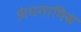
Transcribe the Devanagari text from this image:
अंधतामिस्र